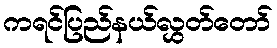
ကရင်ပြည်နယ်လွှတ်တော်